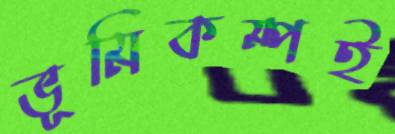
ভূমিকম্পই